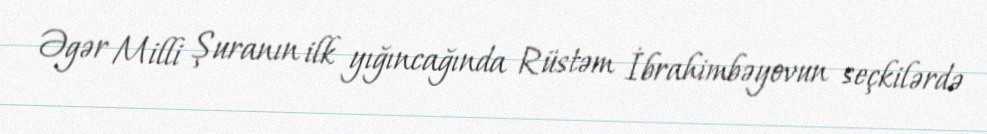
Əgər Milli Şuranın ilk yığıncağında Rüstəm İbrahimbəyovun seçkilərdə